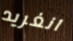
انغريد